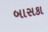
બાસકા